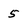
Character: 5